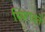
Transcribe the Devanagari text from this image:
स्थिरावते